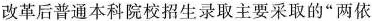
改革后普通本科院校招生录取主要采取的”两依